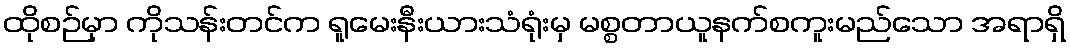
ထိုစဉ်မှာ ကိုသန်းတင်က ရူမေးနီးယားသံရုံးမှ မစ္စတာယူနက်စကူးမည်သော အရာရှိ